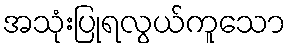
အသုံးပြုရလွယ်ကူသော